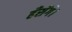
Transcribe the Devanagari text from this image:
हँसेंगे।